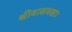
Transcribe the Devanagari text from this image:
श्रीवत्सवक्षाः